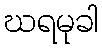
ဃရမုခါ